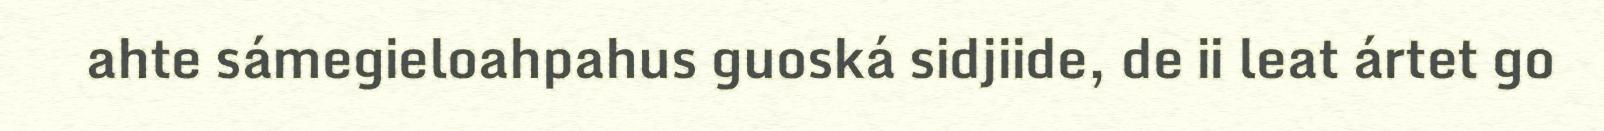
ahte sámegieloahpahus guoská sidjiide, de ii leat ártet go